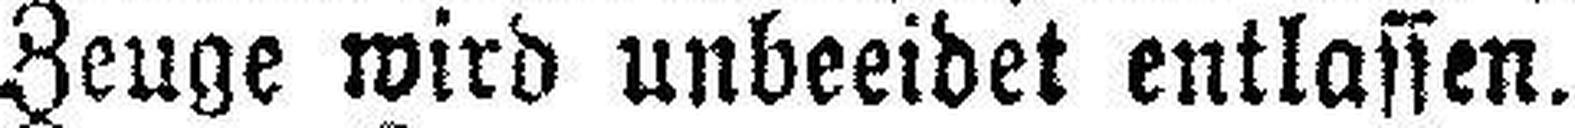
Zeuge wird unbeeidet entlassen.